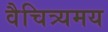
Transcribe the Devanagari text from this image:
वैचित्र्यमय